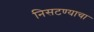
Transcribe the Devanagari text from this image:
निसटण्याचा